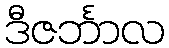
ဒီဇင်္ဘာလ